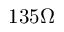
1 3 5 \Omega